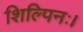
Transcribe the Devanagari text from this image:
शिल्पिनः।